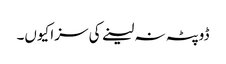
ڈوپٹہ نہ لینے کی سزا کیوں۔